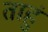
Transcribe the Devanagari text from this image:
ताहुं